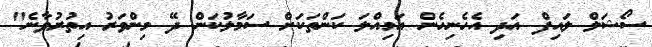
ސޯޝަލް ލައިފް އަދި އެހެނިހެން އަމިއްލަ ކަންތަކަށް ސަމާލުކަން ދޭ މިންވަރު އިތުރުވާނެ"